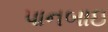
પાનબાઇ